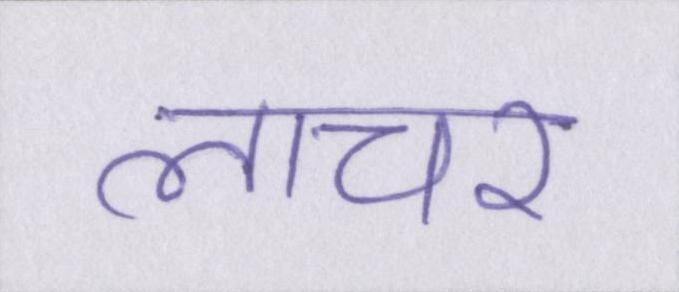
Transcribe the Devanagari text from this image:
लाचर